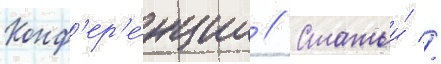
Конф'ер'е́нции // Статьи́ //